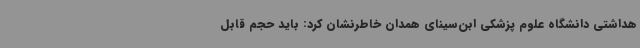
هداشتی دانشگاه علوم پزشکی ابن‌سینای همدان خاطرنشان کرد: باید حجم قابل